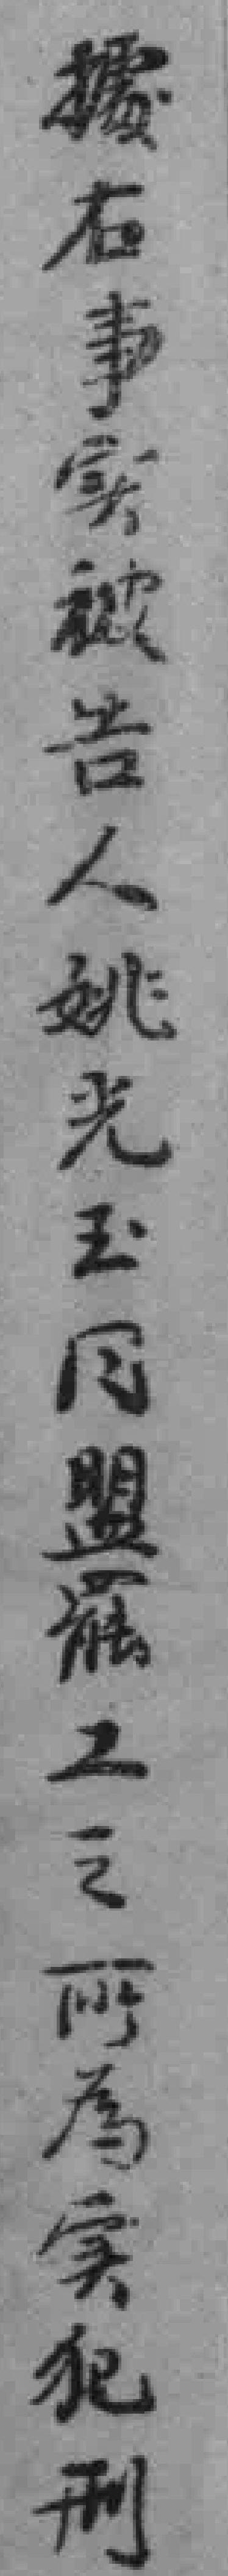
據右事实被告人姚光玉同盟罷工之所為实犯刑